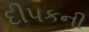
દીપકની